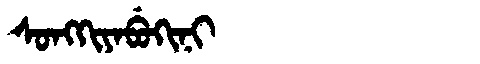
Manchu: ᠰᠣᠩᡴᡳᠶᠠᠪᡠᡴᡳᠨᡳ
Romanization: SONGKIYABUKINI